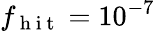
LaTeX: f_{\mathrm{~h~i~t~}}=10^{-7}